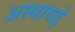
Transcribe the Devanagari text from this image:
अस्थायई